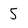
Character: 5